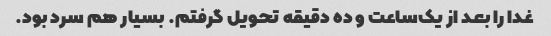
غدا را بعد از یک‌ساعت و ده دقیقه تحویل گرفتم. بسیار هم سرد بود.